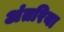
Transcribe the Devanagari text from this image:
अंतरिया